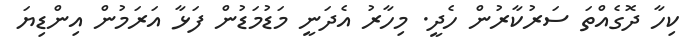
ކިހާ ދޮގެއްތަ ސަރުކާރުން ހެދީ. މިހާރު އެދަނީ މަޑުމަޑުން ފަޅާ އަރަމުން އިންޑިޔަ